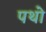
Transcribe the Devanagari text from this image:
पथो